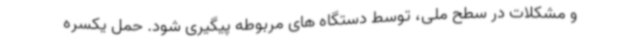
و مشکلات در سطح ملی، توسط دستگاه های مربوطه پیگیری شود. حمل یکسره